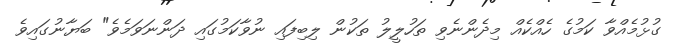
ގުޅުމެއްވާ ކަމުގެ ހެއްކެއް މިދެންނެވި ތަހުލީލު ތަކުން ލިބިފައި ނުވާކަމުގައި ދަންނަވަމެވެ" ބަޔާނުގައިވެ